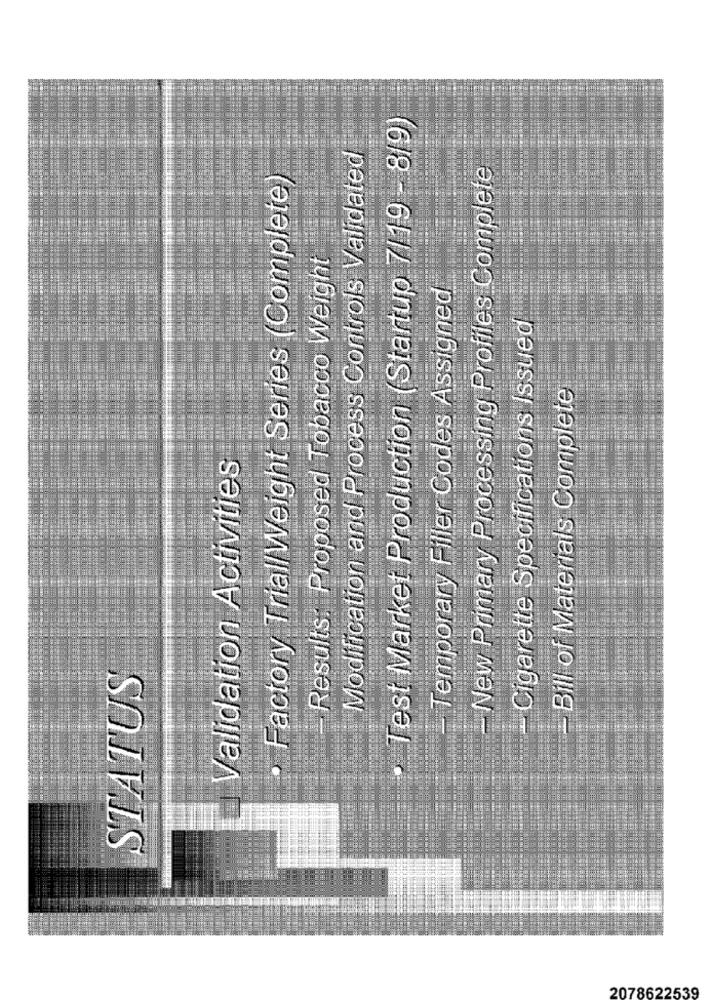
· Test Market Production (Startup 7/19 - 8/9
Modification and Process Controls Validated
- New Primary Processing Profiles Complete
· Factory TriallWeight Series (Complete
Results: Proposed Tobacco Weight
- Temporary Filler Codes Assigned
- Cigarette Specifications Issued
Bill of Materials Complete
Validation Activities
STATUS
2078622539